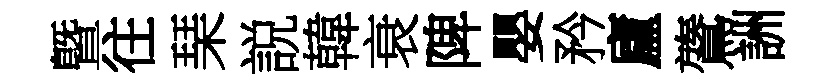
曁往琹説韓衰陴嬰矜廬鷟詶